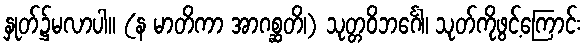
နှုတ်၌မလာပါ။ (န မာတိကာ အာဂစ္ဆတိ၊) သုတ္တဝိဘင်္ဂေါ၊ သုတ်ကိုဖွင့်ကြောင်း